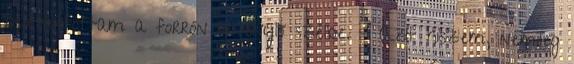
beletartottam a forrón örvénylő szélbe. – Azt hiszem, némileg